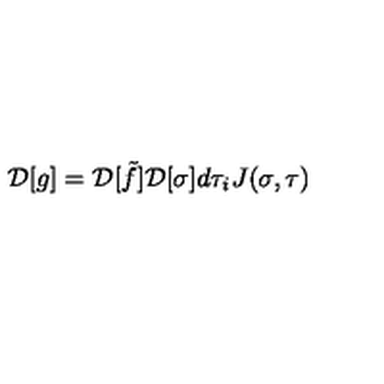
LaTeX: { \cal D } [ g ] = { \cal D } [ \tilde { f } ] { \cal D } [ \sigma ] d \tau _ { i } J ( \sigma , \tau )